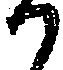
か